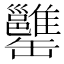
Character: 𦉥